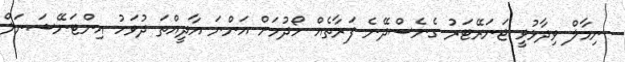
ނިމާލް ވިދާޅުވީ ޖަނަރޭޓަރު ގެނެސްދޭނެ ފަރާތެއް ހޯދުމަށް އަންނަ އާދީއްތަ ދުވަހު އިންޓަނޭޝަނަލް